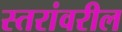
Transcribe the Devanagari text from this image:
स्‍तरांवरील